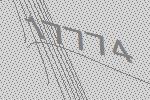
17774